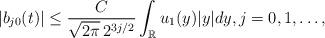
LaTeX: \begin{align*}|b_{j0}(t)| \leq \frac{C}{ \sqrt{2\pi} \, 2^{3j/2} }\int _{\mathbb{R}} u_1(y) |y| d y, j=0,1, \ldots , \end{align*}